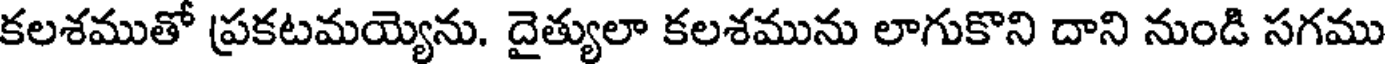
కలశముతో ప్రకటమయ్యెను. దైత్యులా కలశమును లాగుకొని దాని నుండి సగము